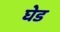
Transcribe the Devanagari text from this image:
घेड